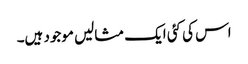
اس کی کئی ایک مثالیں موجود ہیں۔